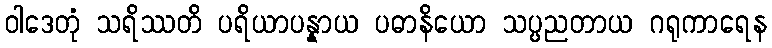
ဝါဒေတုံ သရိဿတိ ပရိယာပန္နာယ ပဓာနိယော သပ္ပညတာယ ဂရုကာရေန